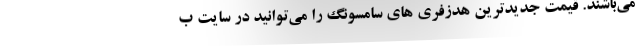
می‌باشند. قیمت جدیدترین هدزفری های سامسونگ را می‌توانید در سایت ب